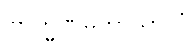
ဗြာဟ္မဏမဟာသာလံ